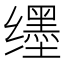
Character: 𬙊